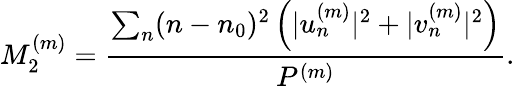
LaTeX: M_{2}^{(m)}=\frac{\sum_{n}(n-n_{0})^{2}\left(|u_{n}^{(m)}|^{2}+|v_{n}^{(m)}|^{2}\right)}{P^{(m)}}.